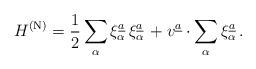
LaTeX: \begin{align*}H^{\rm (N)} = {1\over 2}\sum\limits_{\alpha} \xi_{\alpha}^{\underline{a}}\, \xi_{\alpha}^{\underline{a}}\, + v^{\underline{a}} \cdot \sum\limits_{\alpha} \xi_{\alpha}^{\underline{a}}\, .\end{align*}